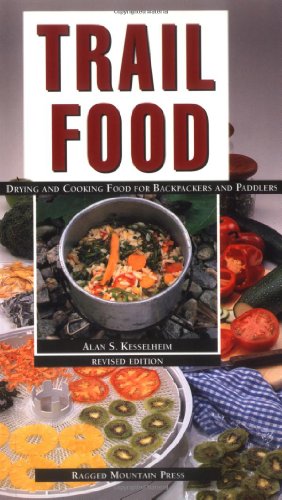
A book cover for Trail Food: Drying and Cooking Food for Backpacking and Paddling; Alan Kesselheim; Cookbooks, Food & Wine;